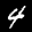
Label: 4